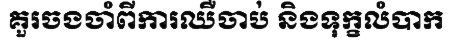
គួរចងចាំពីការឈឺចាប់ និងទុក្ខលំបាក